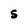
Character: S